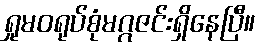
ရှုမဝရုပ်စုံမဂ္ဂဇင်းရှိနေပြီ။